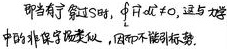
即当有了势 \(S\) 时，\(\oint A\cdot dl = 0\)，这与磁场中的非保守场类似，因而不能引进势。